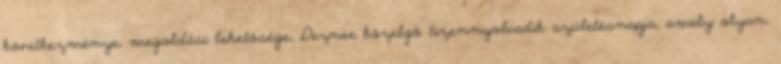
következménye, megoldási lehetősége, Deznee közelgő tizennyolcadik születésnapja, amely olyan,